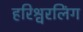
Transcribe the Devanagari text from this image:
हरिश्वरलिंग